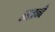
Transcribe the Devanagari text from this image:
स्तने